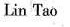
Lin Tao